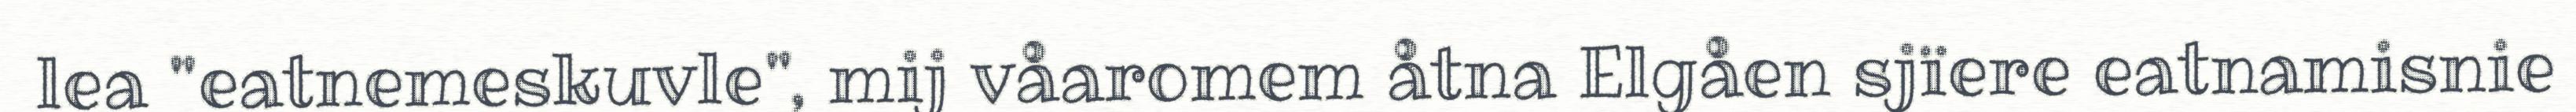
lea "eatnemeskuvle", mij våaromem åtna Elgåen sjïere eatnamisnie